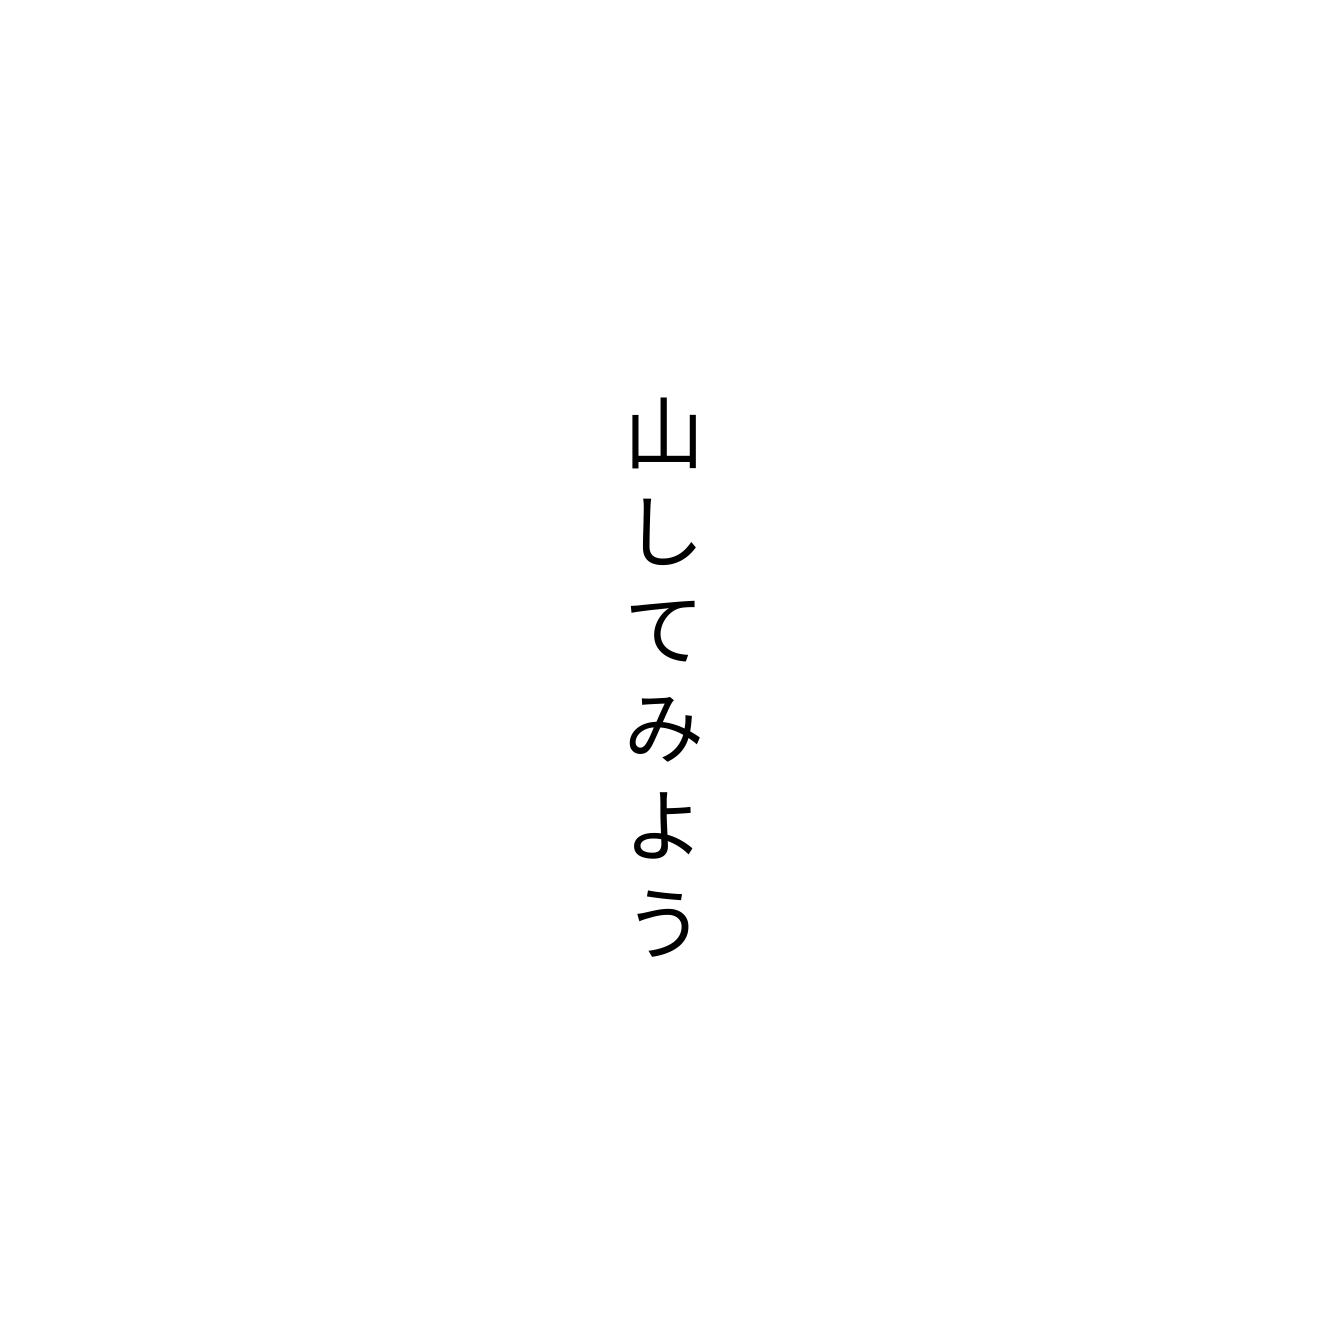
山してみよう